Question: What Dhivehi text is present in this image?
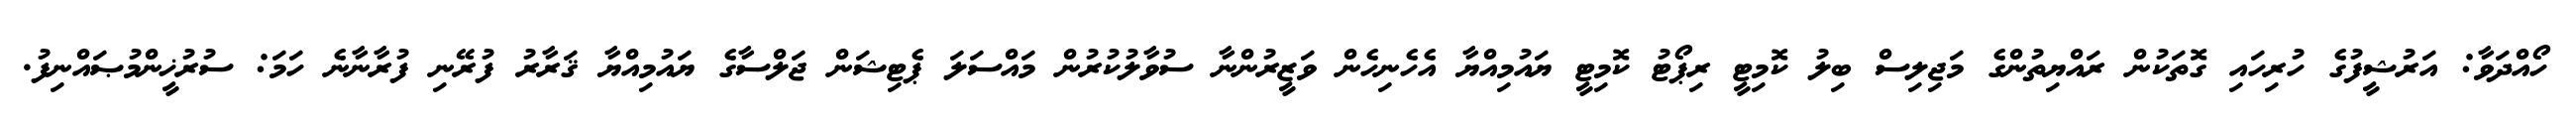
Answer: ހޯއްދަވާ: އަރުޝީފުގެ ހުރިހައި ގޮތަކުން ރައްޔިތުންގެ މަޖިލިސް ބިލު ކޮމިޓީ ރިޕޯޓު ކޮމިޓީ ޔައުމިއްޔާ އެހެނިހެން ވަޒީރުންނާ ސުވާލުކުރުން މައްސަލަ ޕެޓިޝަން ޖަލްސާގެ ޔައުމިއްޔާ ޤަރާރު ފުރޭނި ފުރާނާނެ ހަމަ: ސުރުޚީންމުޞައްނިފު.